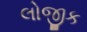
લોજીક